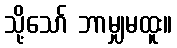
သို့သော် ဘာမျှမထူး။